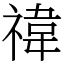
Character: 禕